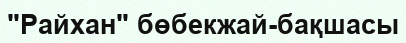
"Райхан" бөбекжай-бақшасы